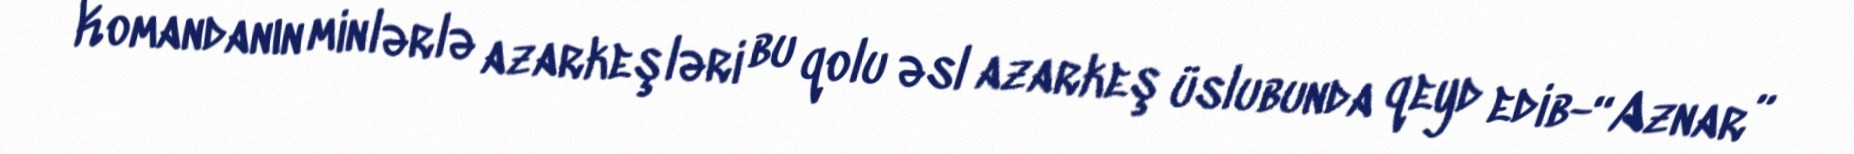
Komandanın minlərlə azarkeşləri bu qolu əsl azarkeş üslubunda qeyd edib-“Aznar”